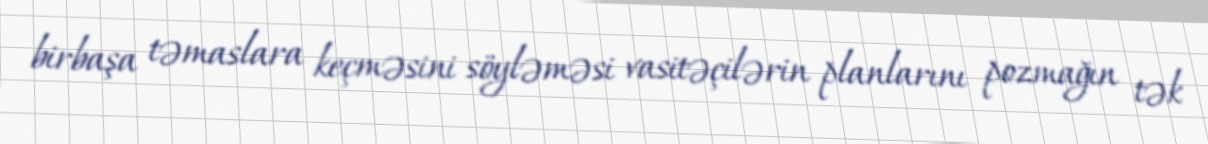
birbaşa təmaslara keçməsini söyləməsi vasitəçilərin planlarını pozmağın tək